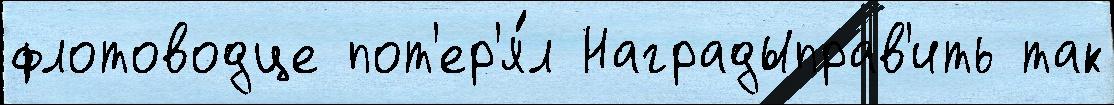
флотоводце пот'ер'я́л Наградыправ'ить так